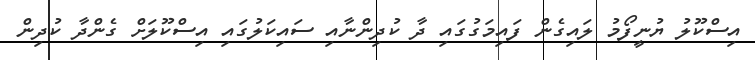
އިސްކޫލު ޔުނީފޯމު ލައިގެން ފައިމަގުގައި ދާ ކުދިންނާއި ސައިކަލުގައި އިސްކޫލަށް ގެންދާ ކުދިން